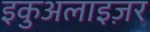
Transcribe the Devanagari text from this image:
इकुअलाइज़र